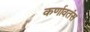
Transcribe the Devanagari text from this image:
कर्णावतंस